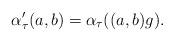
LaTeX: \begin{align*}\alpha'_\tau(a,b)=\alpha_\tau((a,b)g).\end{align*}